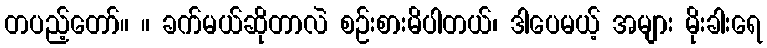
တပည့်တော်။ ။ ခက်မယ်ဆိုတာလဲ စဉ်းစားမိပါတယ်၊ ဒါပေမယ့် အများ မိုးခါးရေ